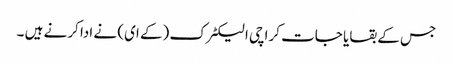
جس کے بقایا جات کراچی الیکٹرک (کے ای) نے ادا کرنے ہیں ۔